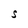
Character: S